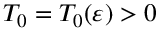
T _ { 0 } = T _ { 0 } ( \varepsilon ) > 0